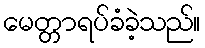
မေတ္တာရပ်ခံခဲ့သည်။